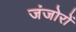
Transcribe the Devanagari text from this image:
जंजोरों